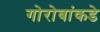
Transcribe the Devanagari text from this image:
गोरोबांकडे